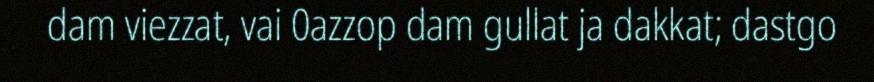
dam viezzat, vai 0azzop dam gullat ja dakkat; dastgo